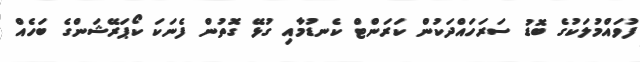
ފުވައްމުލަކުގެ ބޮޑު ސަރަހައްދަކުން ކަރަންޓް ކެނޑުމާއި ގުޅޭ ގޮތުން ފެނަކަ ކޯޕަރޭޝަންގެ ބަހެއް